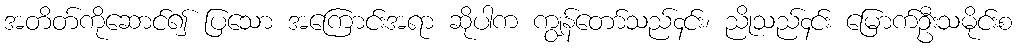
အတိတ်ကိုဆောင်၍ ပြသော အကြောင်းအရာ ဆိုပါက ကျွန်တော်သည်၄င်း၊ ညိုသည်၄င်း မြောက်ဦးသမိုင်းစ